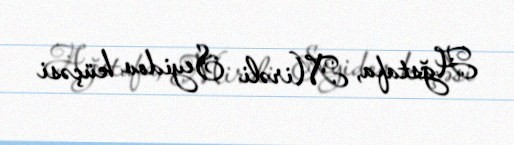
Ağstafa, Mirəli Seyidov küçəsi